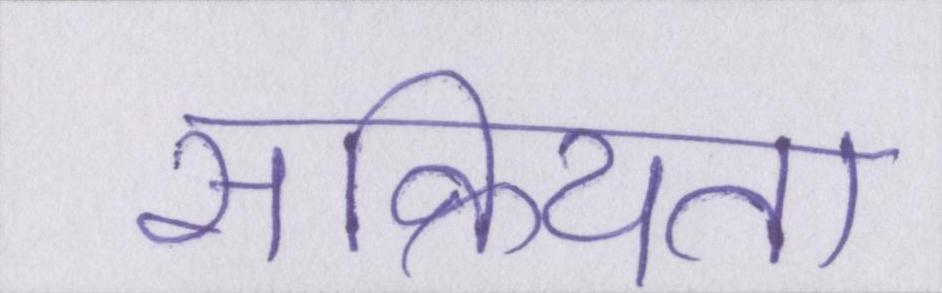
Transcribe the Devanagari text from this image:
सक्रियता